Jaan_Tonisson_(Lasteleht), lk 63
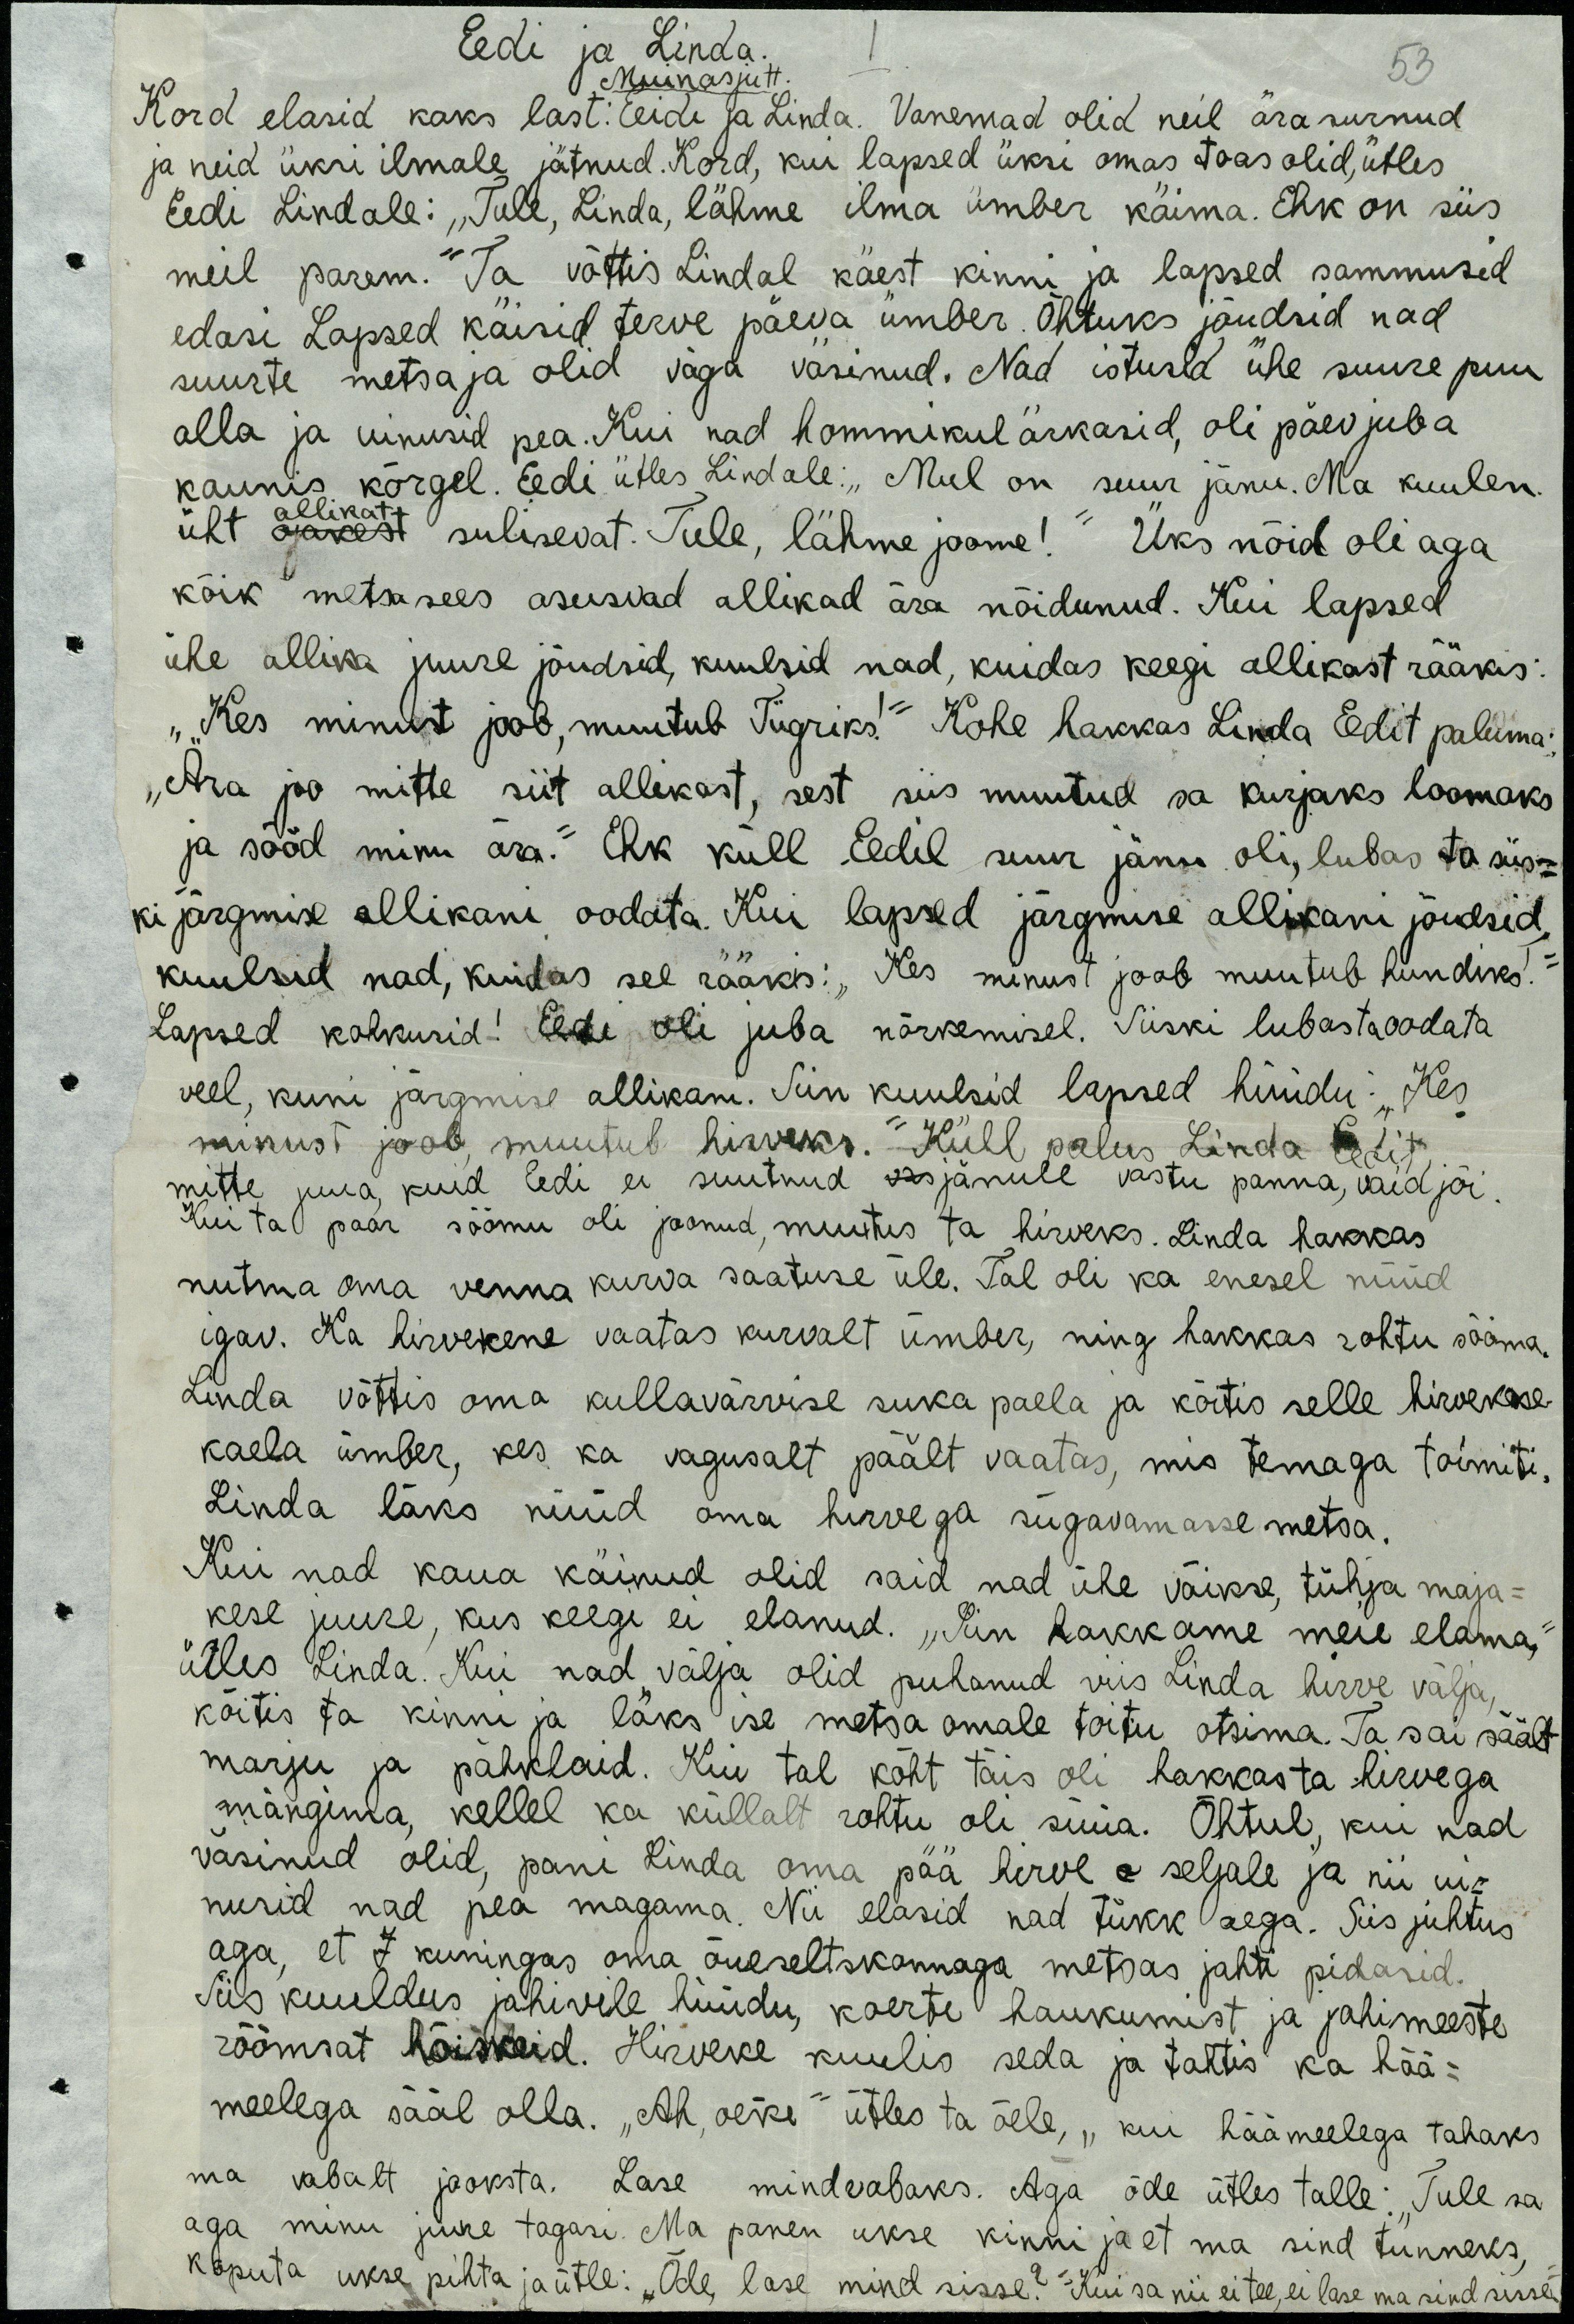
Eedi ja Linda.
53
Muinasjutt.
Kord elasid kaks last: Eeidi ja Linda. Vanemad olid neil ära surnud
ja neid üksi ilmale jätnud. Kord, kui lapsed üksi omas toas olis, ütles
Eedi Lindale: Tule, Linda, lähme ilma ümber käima. Ehk on siis
meil parem." Ta võttis Lindal käest kinni ja lapsed sammusid
edasi. Lapsed käisid terve päeva ümber. Õhtuks jõudsid nad
suurte metsa ja olid väga väsinud. Nad istusid ühe suure puu
alla ja uinusid pea. Kui nad hommikul ärkasid, oli päev juba 
kaunis kõrgel. Eedi ütles Lindale: "Mul on suur jänu. Ma kuulen
üht allikat sulisevat. Tule lähme joome!" Üks nõid oli aga
kõik metsa sees asuvad allikad nõidunud. Kui lapsed
ühe allika juurde jõudsid, kuulsid nad kuidas keegi allikast rääkis:
"Kes minust joob, muutub Tiigriks!" Kohe lakkas Linda Eedit paluma
"Ära joo mitte siit allikast, sest siis muutud sa kurjaks loomaks
ja sööd minu ära." Ehk küll Eedil suur jänu oli, lubas ta siis-
ki järgmise allikani oodata. Kui lapsed järmise allikani jõudsid
kuulsid nad, kuidas seal rääkis: "Kes minust joob muutub hundiks. 
Lapsed kohkusid! Eedi oli juba närvemisel. Siiski lubas ta oodata
veel, kuni järgmise allikani. Siin kuulsid lapsed hüüdu: "Kes
minust joob muutub hirveks." Küll palus Linda Eedit
mitte juua, kuid Eedi ei suutnud jänule vastu panna, vaid jõi.
Kui ta paar sõõmu oli joonud, muutus ta hirveks. Linda hakkas
nutma oma venna kurva saatuse üle. Tal oli ka enesel nüüd
igav. Ka hirvekene vaatas kurvalt ümber, ning hakkas rohtu sööma.
Linda võttis oma kullavärvise suka paela ja köitis selle hirvekese
kaela ümber, kes ka vagusalt päält vaatas, mis temaga toimiti.
Linda läks nüüd oma hirvega sügavamasse metsa.
Kui nad kaua käinud olid said nad ühe väikse, tühja maja-
kese juurde, kus keegi ei elanud. "Siin hakkame meie elama,"
ütles Linda. Kui nad välja olid puhanud viis Linda hirve välja,
köitis ta kinni ja läks ise metsa omale toitu otsima. Ta sai säält
marju ja pähklaid. Kui tal kõht täis oli hakkas ta hirvega
mängima, kellel ka küllalt rohtu oli süüa. Õhtul kui nad
väsinud olid, pani Linda oma pää hirve seljale ja nii ui-
nusid nad pea magama. Nii elasid nad tükk aega. Siis juhtus
aga, et kuningas oma õueseltskonnaga metsas jahti pidasid.
Siis kuuldus jahivile hüüdu, koerte haukumist ja jahimeeste
rõõmsat hõiskeid. Hirveke kuulis seda ja tahtis ka hää-
meelega sääl olla. " Ah, õeke" ütles ta õele, "kui häämeelega tahaks
ma vabalt joosta. Lase mind vabaks. Aga õde ütles talle: "Tule sa,
aga minu juure tagasi. Ma panen ukse kinni ja et ma sind tunneks
koputa ukse pihta ja ütle: "Õde, lase mind sisse?" Kui sa nii ei tee, ei lase ma sind sisse".